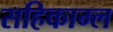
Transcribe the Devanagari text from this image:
सहिकाम्ल